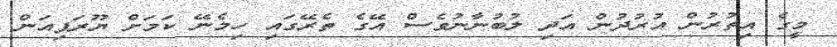
މީގެ އިތުރުން އުރުދުން އަދި ލުބުނާނުވެސް އޭގެ ތެރޭގައި ހިމެނޭ ކަމަށް ޔޫރަޕިއަން